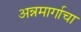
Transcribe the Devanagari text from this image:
अन्नमार्गाचा